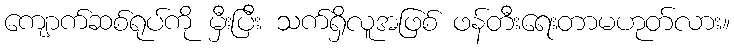
ကျောက်ဆစ်ရုပ်ကို မှီးပြီး သက်ရှိလူအဖြစ် ဖန်တီးရေးတာမဟုတ်လား။